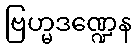
ဗြဟ္မဒဏ္ဍေန